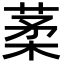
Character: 葇